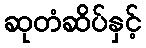
ဆုတံဆိပ်နှင့်